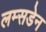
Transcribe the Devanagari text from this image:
लम्सडेन